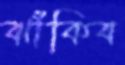
ঝাঁকিব